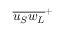
{ \overline { { { u _ { S } } { w _ { L } } } } } ^ { + }